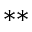
^ { * * }